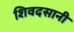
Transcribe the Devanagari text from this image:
शिवदसानी